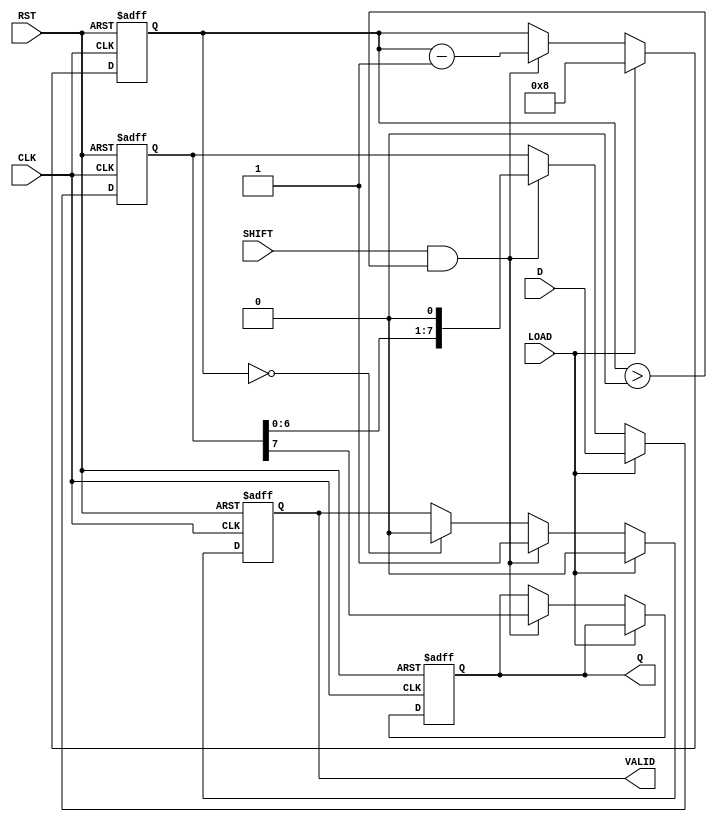
module PISO_Register #(
    parameter WIDTH = 8 // Width of the data bus
)(
    input wire [WIDTH-1:0] D,      // Parallel data input
    input wire LOAD,                // Load control signal
    input wire SHIFT,               // Shift control signal
    input wire CLK,                 // Clock signal
    input wire RST,                 // Asynchronous reset
    output reg Q,                   // Serial output
    output reg VALID                // Data valid signal
);

    reg [WIDTH-1:0] shift_reg;      // Storage register
    reg [3:0] count;                // Counter for shifted bits

    // Asynchronous reset
    always @(posedge CLK or posedge RST) begin
        if (RST) begin
            shift_reg <= 0;          // Clear register on reset
            Q <= 0;                  // Clear serial output
            VALID <= 0;              // Clear valid signal
            count <= 0;              // Clear counter
        end else begin
            if (LOAD) begin
                shift_reg <= D;      // Load data into the shift register
                count <= WIDTH;      // Reset counter to width
                VALID <= 0;          // Clear valid during loading
            end else if (SHIFT && count > 0) begin
                Q <= shift_reg[WIDTH-1]; // Output the MSB
                shift_reg <= {shift_reg[WIDTH-2:0], 1'b0}; // Shift left
                count <= count - 1;  // Decrement counter
                VALID <= 1;           // Data is valid while shifting
            end else if (count == 0) begin
                VALID <= 0;           // Clear valid when done shifting
            end
        end
    end
endmodule